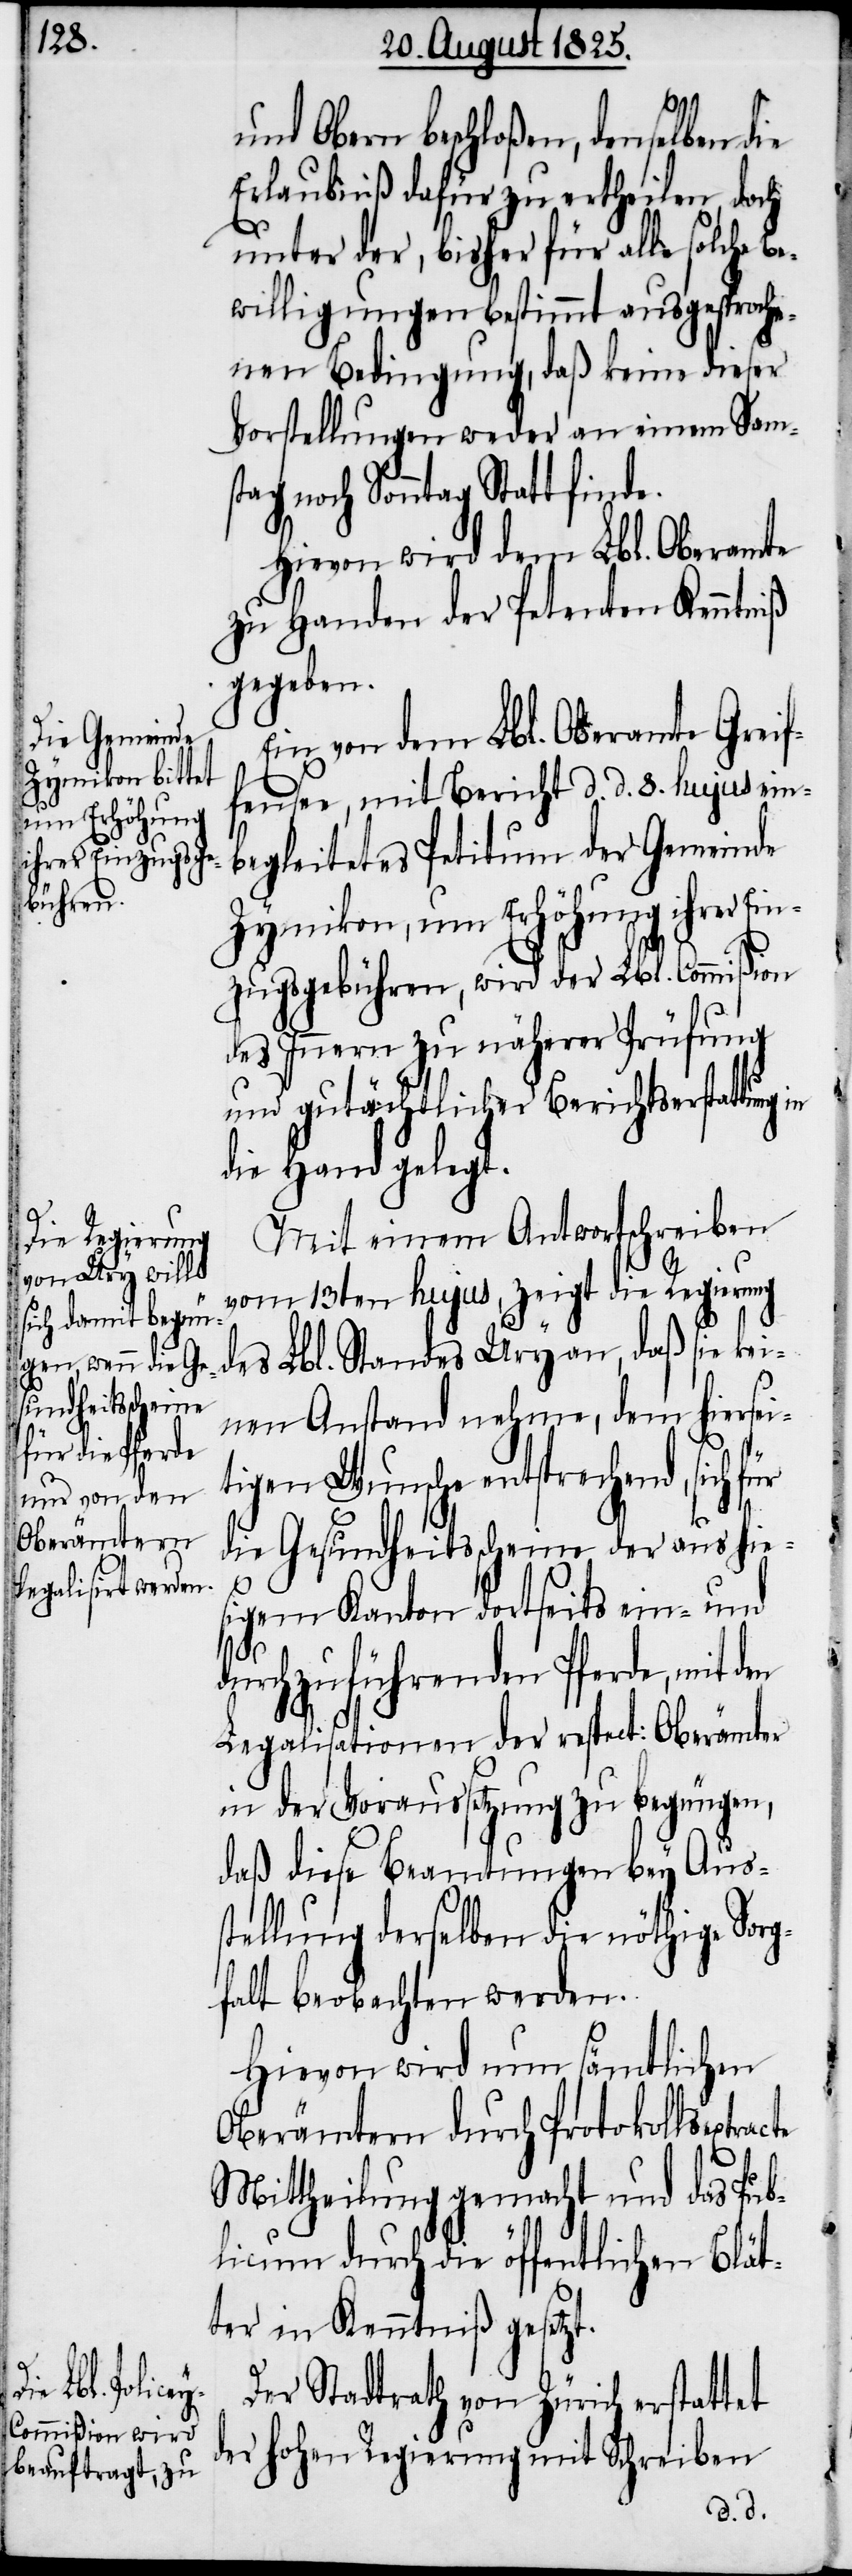
und Obern beschloßen, denselben die
Erlaubniß dafür zu ertheilen, doch
unter der, bisher für alle solche Be¬
willigungen bestimmt ausgesproche¬
nen Bedingung, daß keine dieser
Vorstellungen weder an einem Sams¬
tag noch Sonntag Statt finde.
Hievon wird dem Lbl. Oberamte
zu Handen der Petenten Kenntniß
gegeben.
Ein von dem Lbl. Oberamte Greif¬
fensee, mit Bericht d. d. 8. hujus ein¬
begleitetes Petitum der Gemeinde
Zymikon, um Erhöhung ihrer Ein¬
zugsgebühren, wird der Lbl. Commißion
des Innern zu näherer Prüfung
und gutächtlicher Berichtserstattung in
die Hand gelegt.
Mit einem Antwortschreiben
vom 13ten hujus, zeigt die Regierung
des Lbl. Standes Ury an, daß sie kei¬
nen Anstand nehmen, dem hiersei¬
cte
tigen Wunsche entsprechend, sich für
die Gesundheitsscheine daraus hie¬
sigem Kanton dortseits ein- und
durchzuführenden Pferde, mit den
Legalisationen der respect. Oberämter
in der Voraussetzung zu begnügen,
daß diese Beamtungen bey Auss¬
tellung derselben die nöthige Sorg¬
falt beobachten werden.
Hievon wird nun sämtlichen
Oberämtern durch Protokollsextra¬
Mittheilung gemacht und das Pub¬
licum durch die öffentlichen Blät¬
ter in Kenntniß gesetzt.
Der Stadtrath von Zürich erstattet
der hohen Regierung mit Schreiben